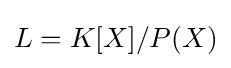
L=K[X]/P(X)